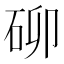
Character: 𮀐